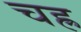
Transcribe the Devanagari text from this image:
चह्र